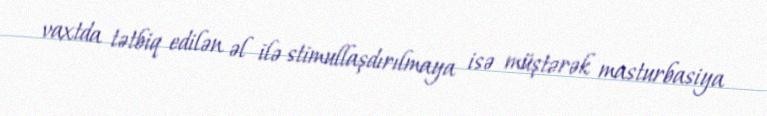
vaxtda tətbiq edilən əl ilə stimullaşdırılmaya isə müştərək masturbasiya